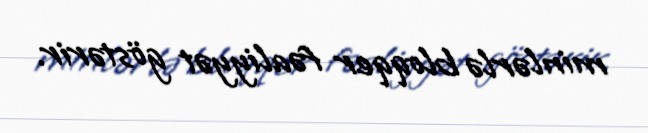
minlərlə bloqqer fəaliyyət göstərir.